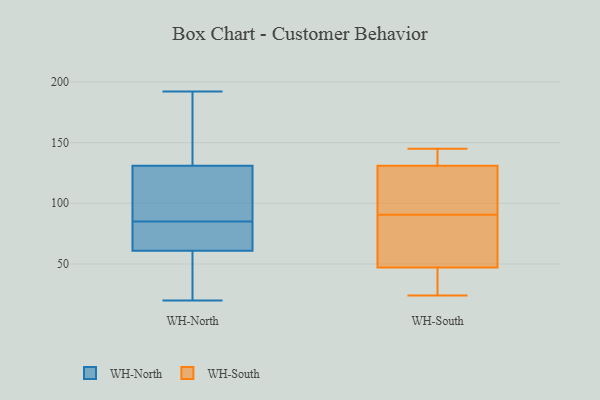
{"axis": {"x": "LTV (USD)", "y": "Value"}, "legend": ["WH-North", "WH-South"], "data": [{"x": "", "y": 56, "type": "WH-North"}, {"x": "", "y": 65, "type": "WH-North"}, {"x": "", "y": 126, "type": "WH-North"}, {"x": "", "y": 192, "type": "WH-North"}, {"x": "", "y": 96, "type": "WH-North"}, {"x": "", "y": 74, "type": "WH-North"}, {"x": "", "y": 174, "type": "WH-North"}, {"x": "", "y": 131, "type": "WH-North"}, {"x": "", "y": 20, "type": "WH-North"}, {"x": "", "y": 108, "type": "WH-North"}, {"x": "", "y": 137, "type": "WH-North"}, {"x": "", "y": 59, "type": "WH-North"}, {"x": "", "y": 61, "type": "WH-North"}, {"x": "", "y": 66, "type": "WH-North"}, {"x": "", "y": 52, "type": "WH-South"}, {"x": "", "y": 85, "type": "WH-South"}, {"x": "", "y": 24, "type": "WH-South"}, {"x": "", "y": 145, "type": "WH-South"}, {"x": "", "y": 25, "type": "WH-South"}, {"x": "", "y": 42, "type": "WH-South"}, {"x": "", "y": 127, "type": "WH-South"}, {"x": "", "y": 96, "type": "WH-South"}, {"x": "", "y": 85, "type": "WH-South"}, {"x": "", "y": 143, "type": "WH-South"}, {"x": "", "y": 135, "type": "WH-South"}, {"x": "", "y": 106, "type": "WH-South"}]}